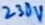
Text: 230V